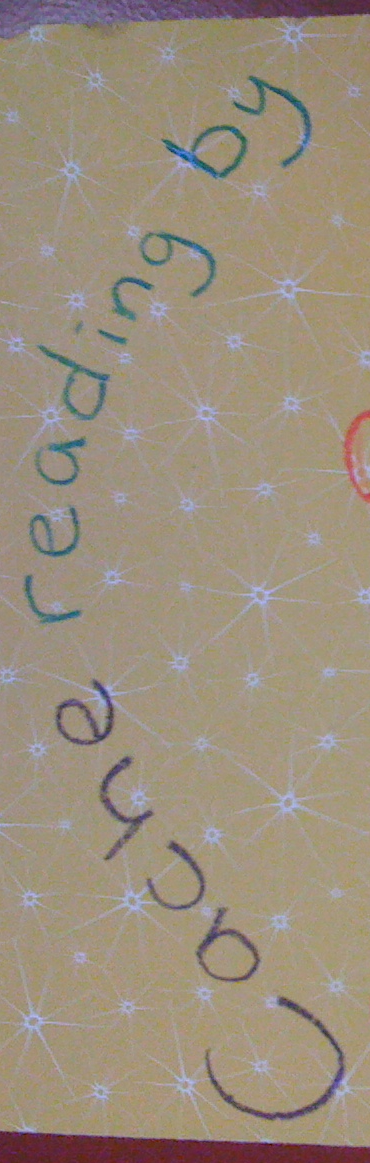
cache reading by